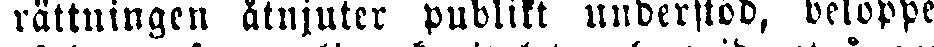
rättningen åtnjuter publikt understöd, beloppe